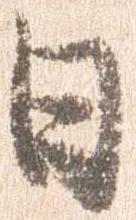
日